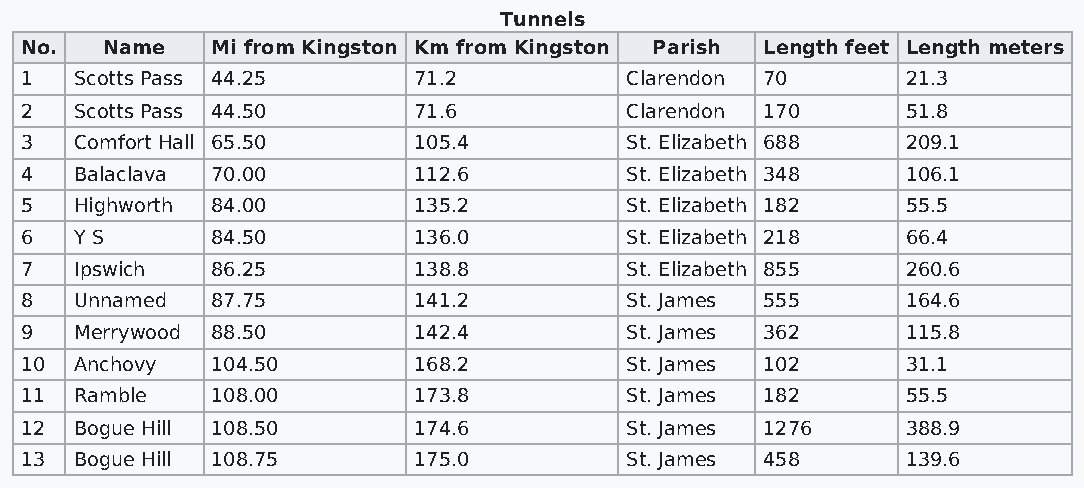
Tunnels
 No.   Name   Mi from Kingston Km from Kingston Parish Length feet Length meters
 1   Scotts Pass 44.25     71.2          Clarendon 70       21.3
 2   Scotts Pass 44.50     71.6          Clarendon 170      51.8
 3   Comfort Hall 65.50    105.4         St. Elizabeth 688  209.1
 4   Balaclava 70.00       112.6         St. Elizabeth 348  106.1
 5   Highworth 84.00       135.2         St. Elizabeth 182  55.5
 6   Y S      84.50        136.0         St. Elizabeth 218  66.4
 7   Ipswich  86.25        138.8         St. Elizabeth 855  260.6
 8   Unnamed  87.75        141.2         St. James 555      164.6
 9   Merrywood 88.50       142.4         St. James 362      115.8
 10  Anchovy  104.50       168.2         St. James 102      31.1
 11  Ramble   108.00       173.8         St. James 182      55.5
 12  Bogue Hill 108.50     174.6         St. James 1276     388.9
 13  Bogue Hill 108.75     175.0         St. James 458      139.6